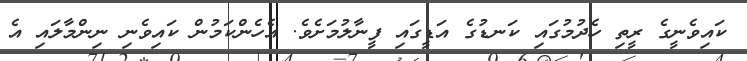
ކައިވެނީގެ ރީތި ހެދުމުގައި ކަނޑުގެ އަޑީގައި ފީނާލުމަށެވެ. އެހެންކަމުން ކައިވެނި ނިންމާލައި އެ